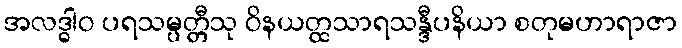
အလဒ္ဓါဝ ပရသမ္ပတ္တီသု ဝိနယတ္ထသာရသန္ဒီပနိယာ စတုမဟာရာဇာ